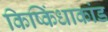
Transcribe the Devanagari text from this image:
किष्किंधाकांड